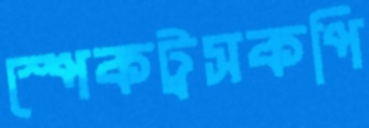
স্পেকট্রসকপি